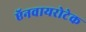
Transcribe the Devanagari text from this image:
ऍनवायरोटेक